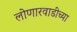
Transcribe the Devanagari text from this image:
लोणारवाडीच्या